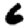
Digit: 6